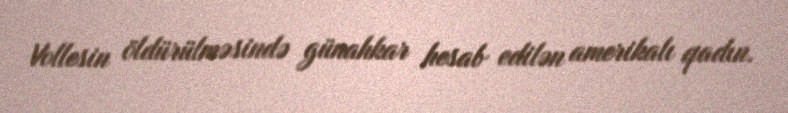
Vollesin öldürülməsində günahkar hesab edilən amerikalı qadın.